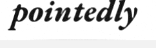
pointedly